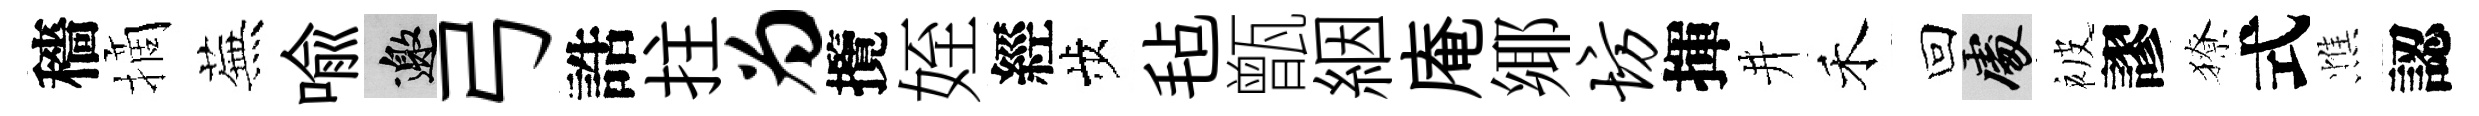
穡摘蕪喩邀弓誥拄为攬姪經歩毡甑絪庵鄊坊揮井禾回處被謬獠式憔認